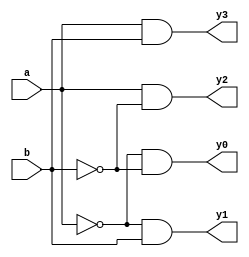
module decoder_2_4(input a,b, output y0,y1,y2,y3);

assign y0 = ~a & ~b;
assign y1 = ~a & b;
assign y2 = a & ~b;
assign y3 = a & b;

/*
//Behavioural model

always @(*) begin

case({a,b})

2'b00: y0 = 4'b0001;
2'b01: y1 = 4'b0010;
2'b10: y2 = 4'b0100;
2'b11: y3 = 4'b1000;
end
*/


endmodule